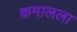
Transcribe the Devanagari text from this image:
कमालला